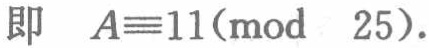
即 \(A\equiv11(\text{mod } 25)\)